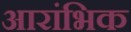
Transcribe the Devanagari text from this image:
आरांभिक